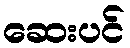
ဆေးပင်